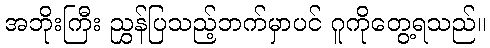
အဘိုးကြီး ညွှန်ပြသည့်ဘက်မှာပင် ဂူကိုတွေ့ရသည်။